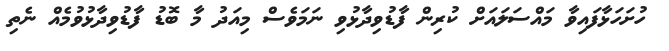
ހުށަހަޅާފައިވާ މައްސަލައަށް ކުރިން ފާޑުވިދާޅުވި ނަމަވެސް މިއަދު މާ ބޮޑު ފާޑުވިދާޅުވުމެއް ނެތި